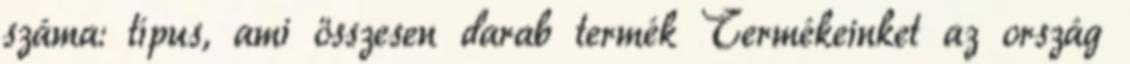
száma: típus, ami összesen darab termék Termékeinket az ország